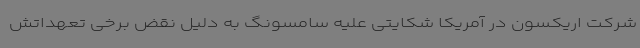
شرکت اریکسون در آمریکا شکایتی علیه سامسونگ به دلیل نقض برخی تعهداتش